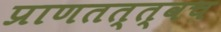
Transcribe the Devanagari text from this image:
प्राणतत्त्वच